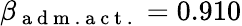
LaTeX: \beta_{\mathrm{~a~d~m~.~a~c~t~.~}}=0.910